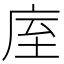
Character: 庢